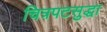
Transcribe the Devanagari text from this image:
चित्रपटसुद्धा